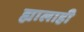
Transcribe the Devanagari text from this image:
ह्यालाही